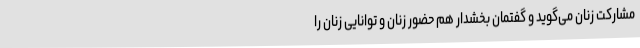
مشارکت زنان می‌گوید و گفتمان بخشدار هم حضور زنان و توانایی زنان را